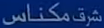
شرکت مکناس